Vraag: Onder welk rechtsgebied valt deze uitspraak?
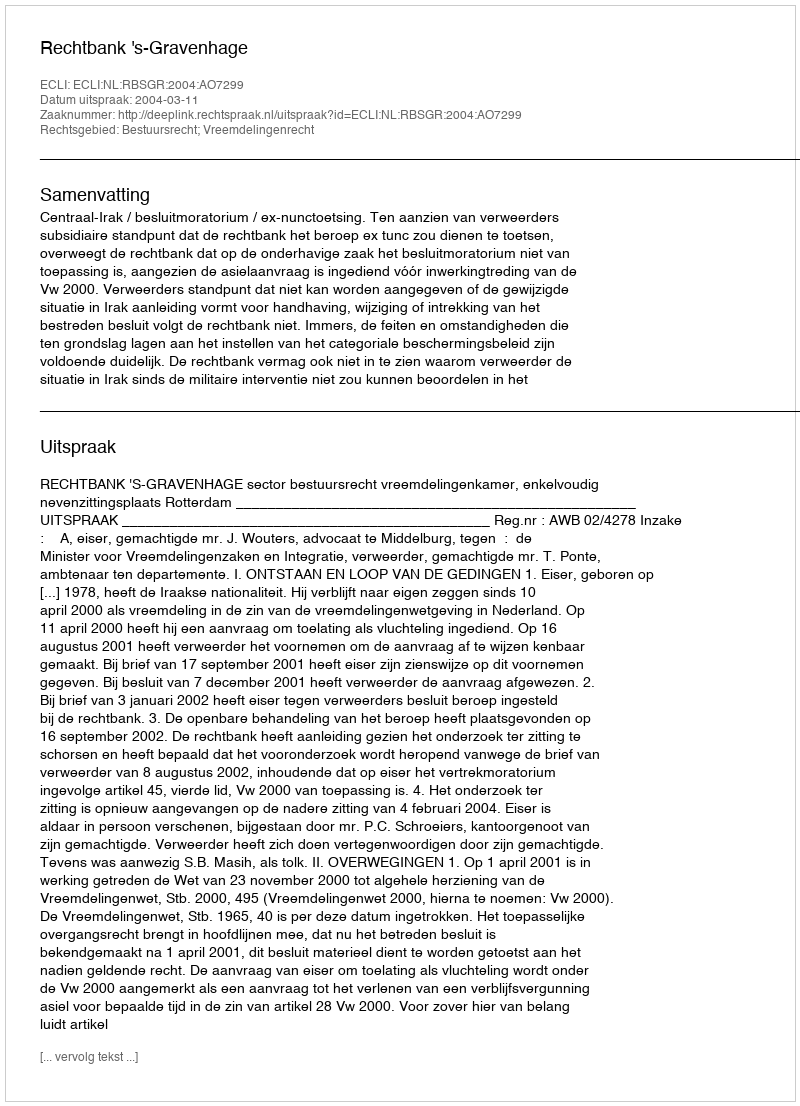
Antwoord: Bestuursrecht; Vreemdelingenrecht